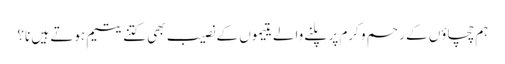
ہم چچاؤں کے رحم و کرم پر پلنے والے یتیموں کے نصیب بھی کتنے یتیم ہوتے ہیں نا؟